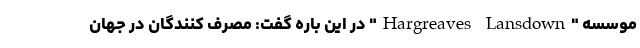
موسسه "Hargreaves Lansdown" در این باره گفت: مصرف کنندگان در جهان